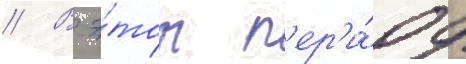
// В э́тот п'ер'и́од